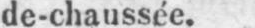
de-chaussée.